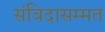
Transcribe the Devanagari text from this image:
संविदासम्मत